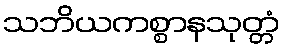
သဘိယကစ္စာနသုတ္တံ